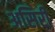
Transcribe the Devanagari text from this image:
असिरी